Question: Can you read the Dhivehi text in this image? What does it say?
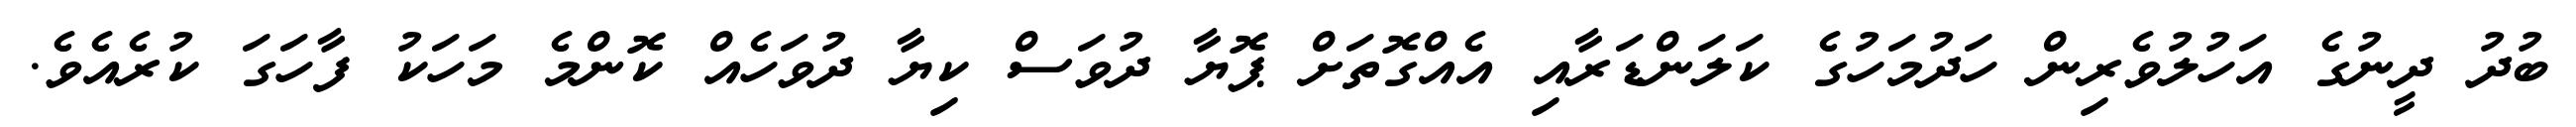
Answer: ބުދު ދީނުގެ އަހުލުވެރިން ހަދުމަހުގެ ކަލަންޑަރާއި އެއްގޮތަށް ޕޮޔާ ދުވަސް ކިޔާ ދުވަހެއް ކޮންމެ މަހަކު ފާހަގަ ކުރެއެވެ.